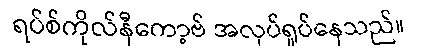
ရပ်စ်ကိုလ်နီကော့ဗ် အလုပ်ရှုပ်နေသည်။